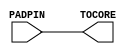
module padanalog(PADPIN,TOCORE);
  parameter M = 7;
  parameter N = 0;
  parameter PTYPE = "PLAIN";
  parameter YPITCH = "4MA";
  parameter SLIM_FLAG = 0;
  parameter
        d_PADPIN = 0,
        d_TOCORE = 1;
  input [M:N] PADPIN;
  output [M:N] TOCORE;
  wire [M:N] PADPIN_temp;
  reg [M:N] TOCORE_temp;
  assign #(d_PADPIN) PADPIN_temp = PADPIN;
  assign #(d_TOCORE) TOCORE = TOCORE_temp;
  always
    @(PADPIN_temp)
      TOCORE_temp = PADPIN_temp;
endmodule